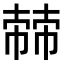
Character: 𢄬